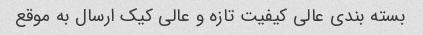
بسته بندی عالی کیفیت تازه و عالی کیک ارسال به موقع